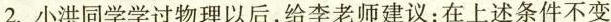
2. 小洪同学学过物理以后，给李老师建议：在上述条件不变